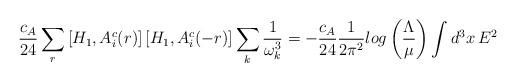
LaTeX: \begin{align*}{c_A\over 24}\sum_{r}\left[H_1,A^c_i(r)\right]\left[H_1, A^c_i(-r)\right]\sum_k{1\over \omega^3_k}=-{c_A\over 24}{1\over 2\pi^2} log\left({\Lambda\over\mu}\right)\int d^3x\,E^2\end{align*}